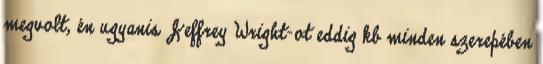
megvolt, én ugyanis Jeffrey Wright-ot eddig kb minden szerepében